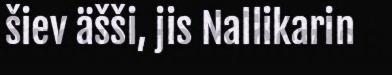
šiev äšši, jis Nallikarin